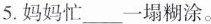
5.妈妈忙___一塌糊涂。